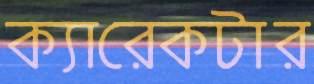
ক্যারেকটার